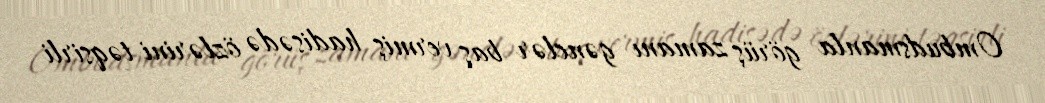
Ombudsmanla görüş zamanı gənclər baş vermiş hadisədə özlərini təqsirli